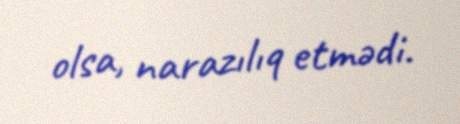
olsa, narazılıq etmədi.